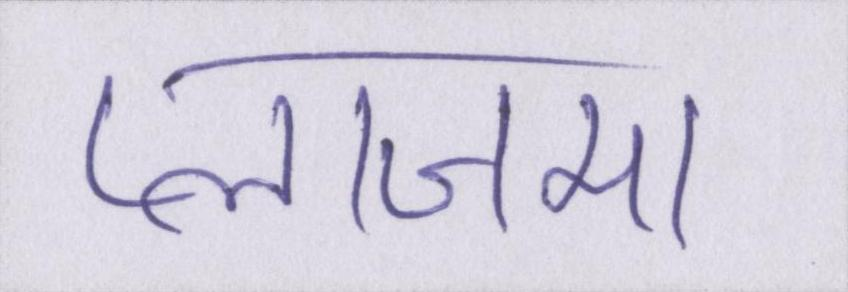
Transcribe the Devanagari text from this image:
प्लाजमा